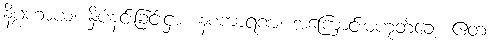
နိဂ္ဂဟာယ၊ နှိပ်နင်းခြင်းငှာ။ နစကာရဏံ၊ အကြောင်းမဟုတ်ချေ။ ဧတံ၊